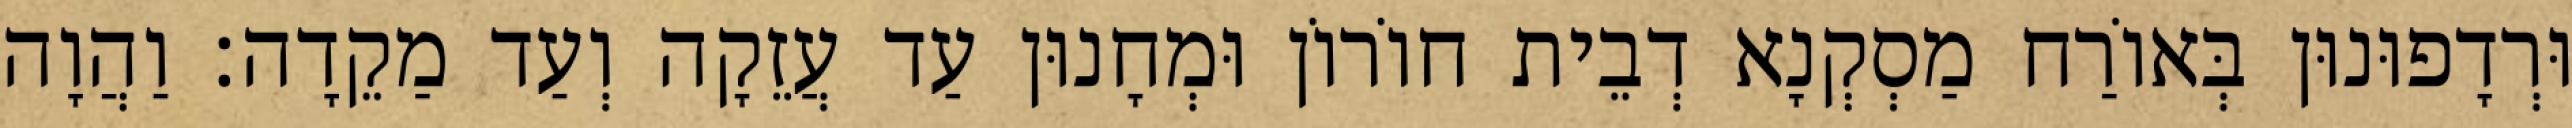
וּרְדָפוּנוּן בְּאוֹרַח מַסְקְנָא דְבֵית חוֹרוֹן וּמְחָנוּן עַד עֲזֵקָה וְעַד מַקֵדָה׃ וַהֲוָה